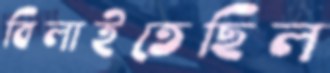
বিলাইতেছিল